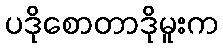
ပဒိုစောတာဒိုမူးက